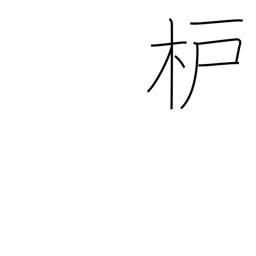
Meaning: sumac